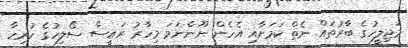
މަޖިލީހުގެ ބާރުތައް ނެތް ކަމަށާއި އެހެން ނޫންނަމަ މިހާރު ރައީސް ސޯލިހުގެ ހުރިހާ